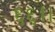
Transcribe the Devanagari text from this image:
६६।।